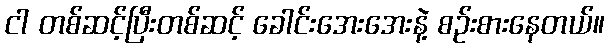
ငါ တစ်ဆင့်ပြီးတစ်ဆင့် ခေါင်းအေးအေးနဲ့ စဉ်းစားနေတယ်။